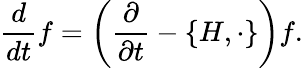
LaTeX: {\frac{d}{dt}}f=\left({\frac{\partial}{\partial t}}-\{ H,\cdot\} \right)f.